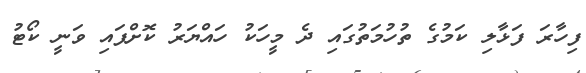
ފިހާރަ ފަޅާލި ކަމުގެ ތުހުމަތުގައި ދެ މީހަކު ހައްޔަރު ކޮށްފައި ވަނީ ކޯޓު